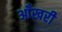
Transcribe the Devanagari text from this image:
आँखरी